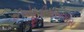
ઈએફડીએસએસ